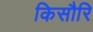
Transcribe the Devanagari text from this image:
किसौरि